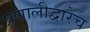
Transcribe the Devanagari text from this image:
प्रणालीद्वारेच